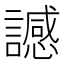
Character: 䜗